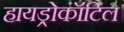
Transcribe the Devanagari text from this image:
हायड्रोकॉटिल